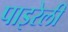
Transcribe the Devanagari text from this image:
पाइरेली